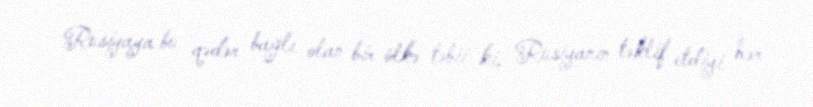
Rusiyaya bu qədər bağlı olan bir ölkə təbii ki, Rusiyanın təklif etdiyi hər